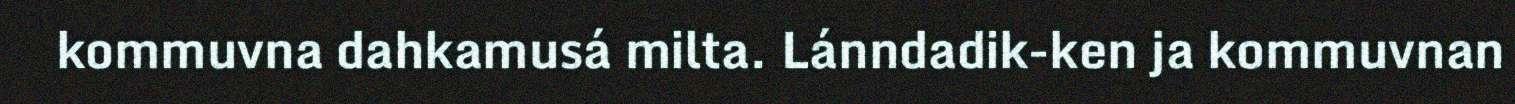
kommuvna dahkamusá milta. Lánndadik-ken ja kommuvnan